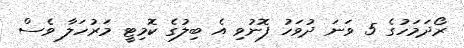
ރޯދަމަހުގެ 5 ވަނަ ދުވަހު ފޮނުވި އެ ބިލުގެ ކޮމިޓީ މަރުހަލާ ވެސް